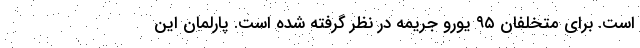
است. برای متخلفان ۹۵ یورو جریمه در نظر گرفته شده است. پارلمان این